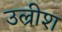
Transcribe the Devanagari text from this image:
उल्रीश